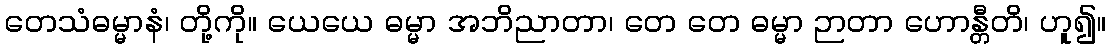
တေသံဓမ္မာနံ၊ တို့ကို။ ယေယေ ဓမ္မာ အဘိညာတာ၊ တေ တေ ဓမ္မာ ဉာတာ ဟောန္တီတိ၊ ဟူ၍။